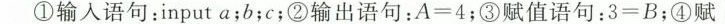
①输入语句：input a；b；c；②输出语句：A=4；③赋值语句：3=B；④赋